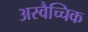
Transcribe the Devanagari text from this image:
अस्वैच्चिक